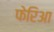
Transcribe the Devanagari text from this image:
फेरिआ